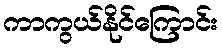
ကာကွယ်နိုင်ကြောင်း